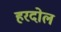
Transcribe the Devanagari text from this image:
हरदोल